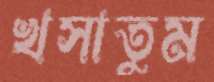
খসাতুম